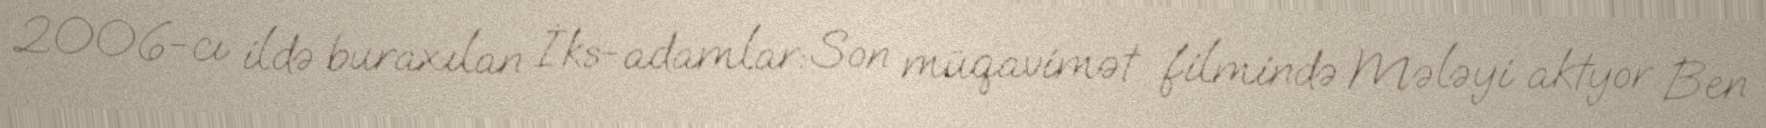
2006-cı ildə buraxılan İks-adamlar: Son müqavimət filmində Mələyi aktyor Ben